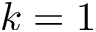
k = 1